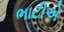
ભાટીએ